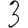
Digit: 3